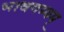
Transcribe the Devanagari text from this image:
भावगम्यम्